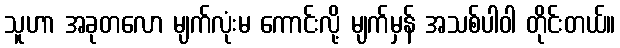
သူဟာ အခုတလော မျက်လုံးမ ကောင်းလို့ မျက်မှန် အသစ်ပါဝါ တိုင်းတယ်။